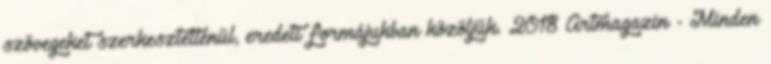
szövegeket szerkesztetlenül, eredeti formájukban közöljük. 2018 Artmagazin - Minden